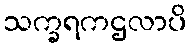
သက္ခရကဌလာပိ